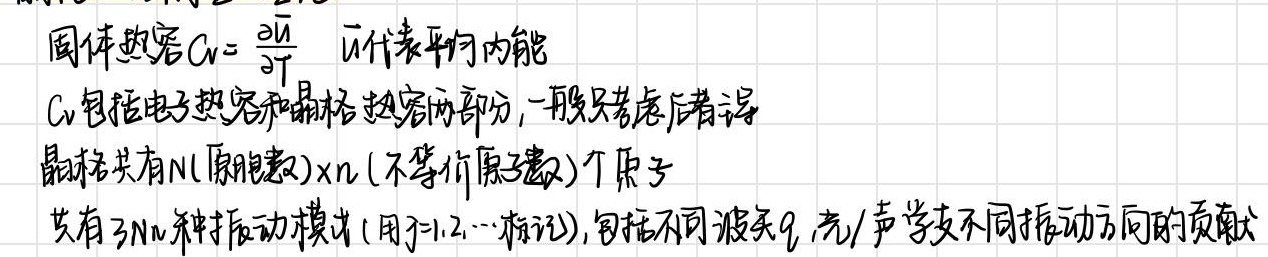
固体热容\(C_{V}=\frac{\partial \overline{U}}{\partial T}\)  \(\overline{U}\)代表平均内能
\(C_{V}\)包括电子热容和晶格热容两部分，一般只考虑后者。
晶格共有\(N\)(原胞数)\(\times n\)(不等价原子数)个原子
共有\(3Nn\)种振动模式(用\(j = 1,2,\cdots\)标记)，包括不同波矢\(q\)，光/声学支不同振动方向的贡献